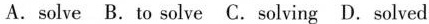
A.solve B.To solve C. Solving D. Solved